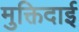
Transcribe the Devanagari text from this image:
मुक्तिदाई